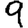
Digit: 9